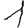
Digit: 1